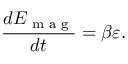
\frac { d { E } _ { \textrm { m a g } } } { d t } = \beta \varepsilon .